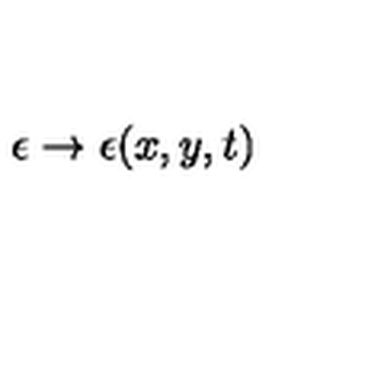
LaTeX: \epsilon \to \epsilon ( x , y , t )